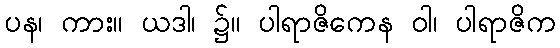
ပန၊ ကား။ ယဒါ၊ ၌။ ပါရာဇိကေန ဝါ၊ ပါရာဇိက